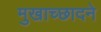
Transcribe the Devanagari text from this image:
मुखाच्छादने